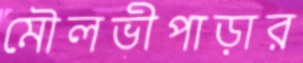
মৌলভীপাড়ার